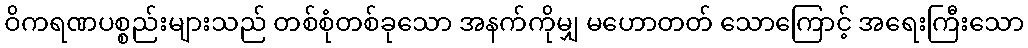
ဝိကရဏပစ္စည်းများသည် တစ်စုံတစ်ခုသော အနက်ကိုမျှ မဟောတတ် သောကြောင့် အရေးကြီးသော